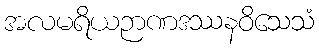
အလမရိယဉာဏဒဿနဝိသေသံ